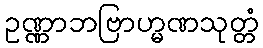
ဥဏ္ဏာဘဗြာဟ္မဏသုတ္တံ